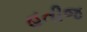
હતીજ